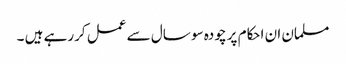
مسلمان ان احکام پر چودہ سو سال سے عمل کررہے ہیں ۔